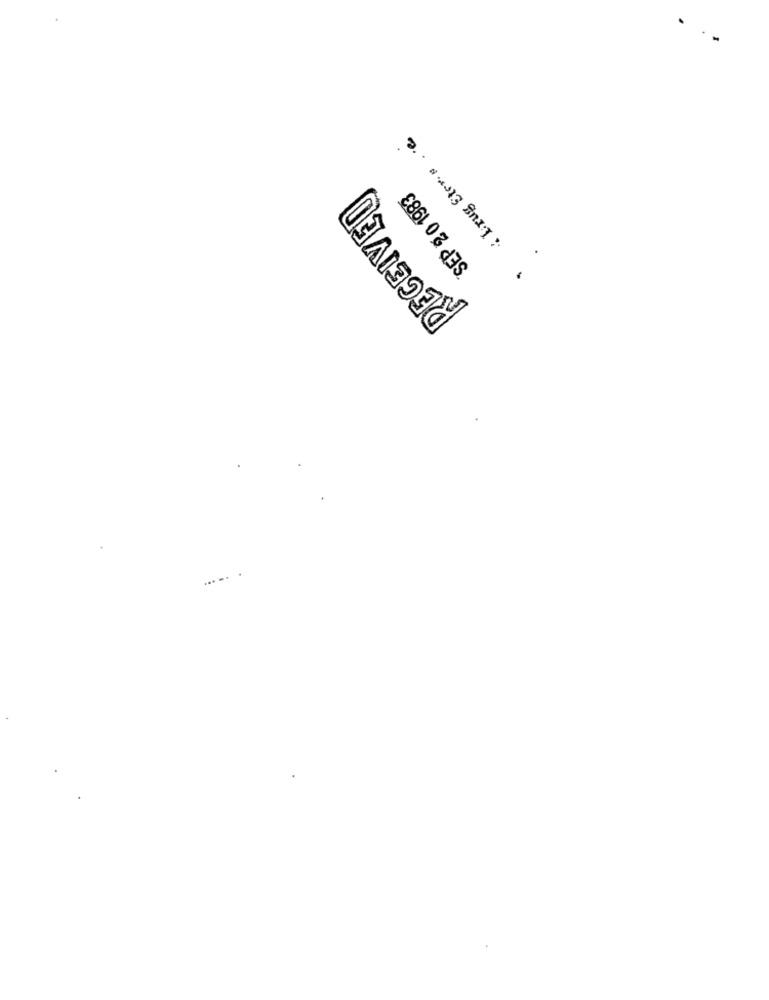
Drug Ster.s .e
RECEIVED
SEP 2 0 1983
... ..